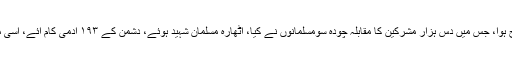
۷ھ؁ مئی ۶۲۸ئ؁ کے اسی ماہ میںخیبر فتح ہوا، جس میں دس ہزار مشرکین کا مقابلہ چودہ سومسلمانوں نے کیا، اٹھارہ مسلمان شہید ہوئے، دشمن کے ۱۹۳ آدمی کام آئے، اسی مہینے میں آپ صلی اللہ علیہ وسلم کو زہر دیاگیا۔